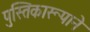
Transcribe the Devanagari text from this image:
पुस्तिकारूपाने